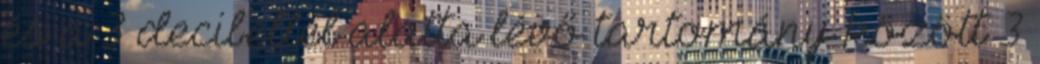
és a 3 decibellel alatta lévő tartomány között 3